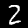
Label: 2